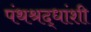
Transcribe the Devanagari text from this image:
पंथश्रद्धांशी